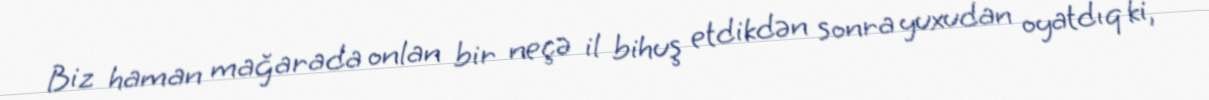
Biz haman mağarada onlan bir neçə il bihuş etdikdən sonra yuxudan oyatdıq ki,